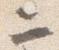
ニ